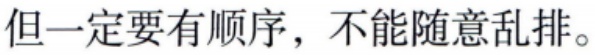
但一定要有顺序，不能随意乱排。